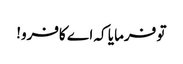
تو فرمایا کہ اے کافرو!